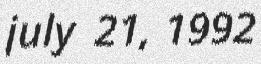
july 21, 1992